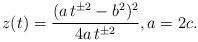
LaTeX: \begin{align*} z(t) = \frac{(a\, t^{\pm2} - b^2)^2}{4a \,t^{\pm2}}, a = 2c.\end{align*}